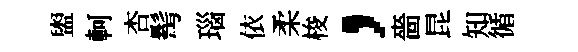
盥軻杏髩瑙依柔梭，嗇昆知循